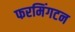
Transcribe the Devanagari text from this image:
फरमिंगटन